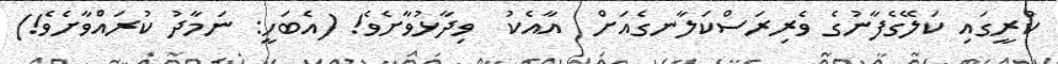
ކުރީގައި ކަލޭގެފާނުގެ ވެރިރަސްކަލާނގެއަށް  އާއެކު  ވިދާޅުވާށެވެ! (އެބަހީ: ނަމާދު ކުރައްވާށެވެ!)